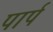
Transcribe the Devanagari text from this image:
पार्प